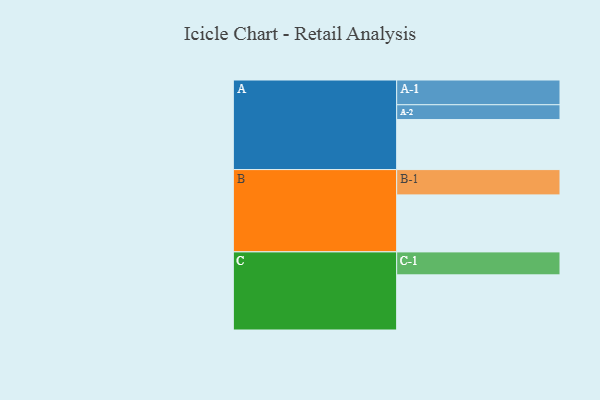
{"axis": {"x": "Segment", "y": "Value"}, "legend": ["", "A", "B", "C"], "data": [{"x": "A", "y": 453, "type": ""}, {"x": "B", "y": 516, "type": ""}, {"x": "C", "y": 499, "type": ""}, {"x": "A-1", "y": 224, "type": "A"}, {"x": "A-2", "y": 134, "type": "A"}, {"x": "B-1", "y": 229, "type": "B"}, {"x": "C-1", "y": 208, "type": "C"}]}